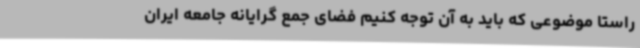
راستا موضوعی که باید به آن توجه کنیم فضای جمع گرایانه جامعه ایران